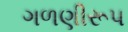
ગળણીરૂપ